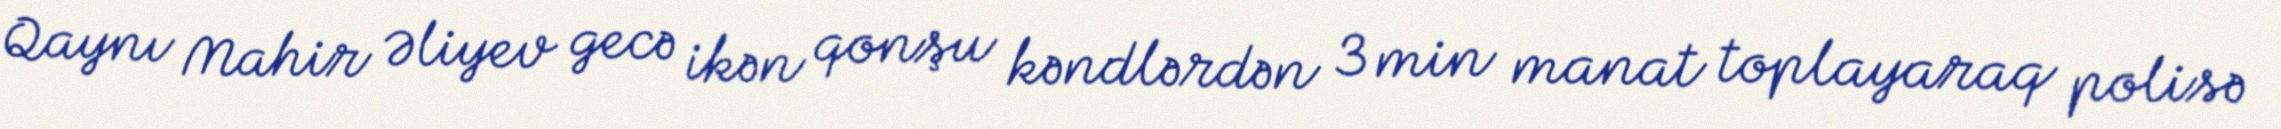
Qaynı Mahir Əliyev gecə ikən qonşu kəndlərdən 3 min manat toplayaraq polisə